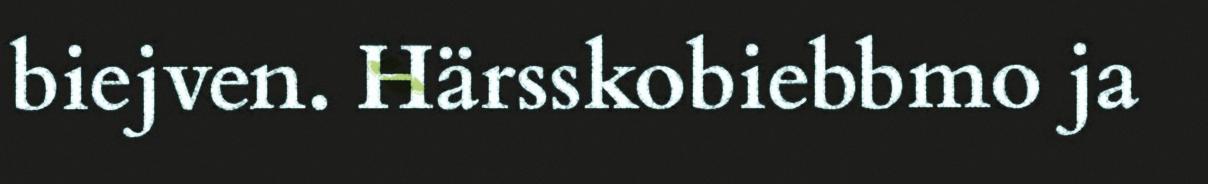
biejven. Härsskobiebbmo ja